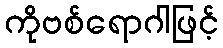
ကိုဗစ်ရောဂါဖြင့်